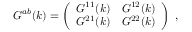
G ^ { a b } ( k ) = \left( \begin{array} { l l } { { G ^ { 1 1 } ( k ) } } & { { G ^ { 1 2 } ( k ) } } \\ { { G ^ { 2 1 } ( k ) } } & { { G ^ { 2 2 } ( k ) } } \end{array} \right) \; ,